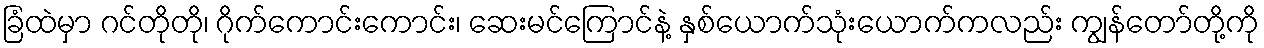
ခြံထဲမှာ ဂင်တိုတို၊ ဂိုက်ကောင်းကောင်း၊ ဆေးမင်ကြောင်နဲ့ နှစ်ယောက်သုံးယောက်ကလည်း ကျွန်တော်တို့ကို